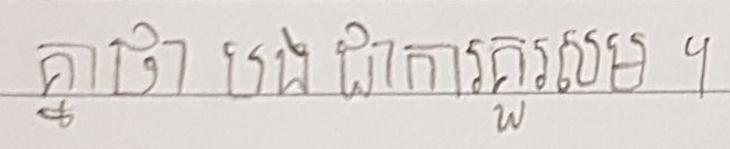
គ្នាថា បង ជាការគួរសម ។